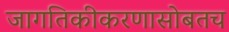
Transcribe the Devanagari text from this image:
जागतिकीकरणासोबतच